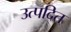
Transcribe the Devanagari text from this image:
उत्पदित